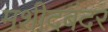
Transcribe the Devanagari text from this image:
मशीदबंदर